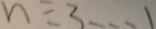
n \div 3 \cdots 1